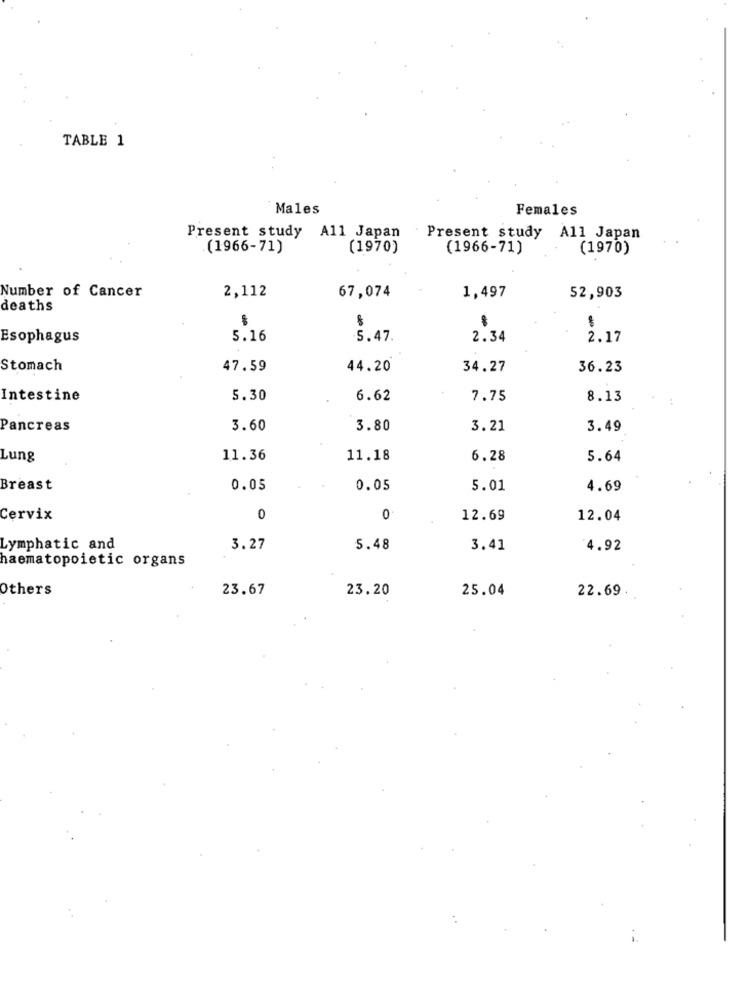
TABLE 1
Males
Females
Present study All Japan
Present study All Japan
(1966-71)
(1970)
(1966-71)
(1970)
Number of Cancer
2,112
67,074
1,497
52,903
deaths
Esophagus
5.16
5.47
2.34
2.17
Stomach
47.59
44.20
34.27
36.23
Intestine
5.30
6.62
7.75
8.13
Pancreas
3.60
3.80
3.21
3.49
Lung
11.36
11.18
6.28
5.64
Breast
0.05
0.05
5.01
4.69
Cervix
0
0
12.69
12.04
Lymphatic and
3.27
5.48
3.41
4.92
haematopoietic organs
Others
23.67
23.20
25.04
22.69.